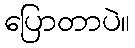
ပြောတာပဲ။